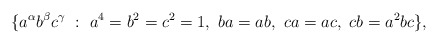
\begin{align*}\{a^\alpha b^\beta c^\gamma ~:~ a^4=b^2=c^2=1, ~ ba=ab, ~ ca=ac, ~ cb=a^2bc \},\end{align*}